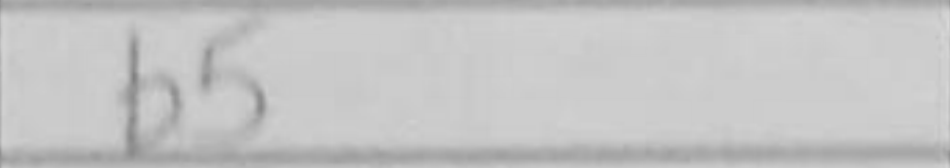
Transcription: b5